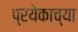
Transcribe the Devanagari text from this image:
प्रयेकाच्या